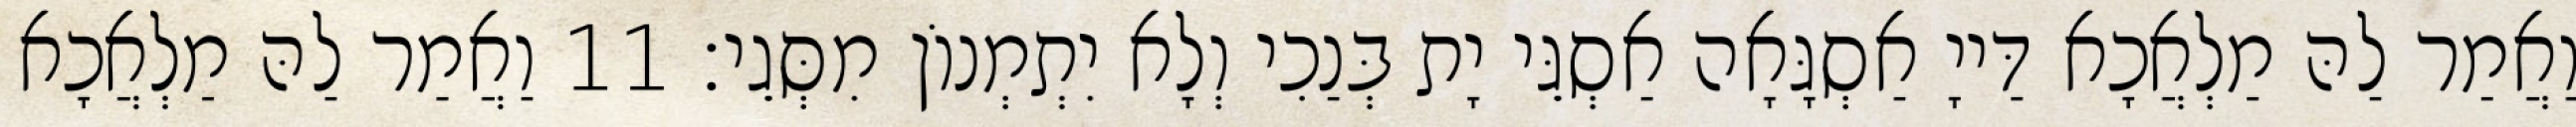
וַאֲמַר לַהּ מַלְאֲכָא דַּייָ אַסְגָּאָה אַסְגֵּי יָת בְּנַכִי וְלָא יִתְמְנוֹן מִסְּגֵי׃ 11 וַאֲמַר לַהּ מַלְאֲכָא